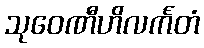
သုဝေဏီဟိလင်္ကတံ